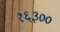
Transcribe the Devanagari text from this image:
१६३००